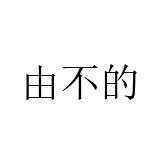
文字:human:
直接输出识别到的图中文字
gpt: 由不的